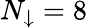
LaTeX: N_{\downarrow}=8